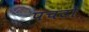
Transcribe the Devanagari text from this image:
पंचटो